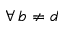
\forall \, b \neq d